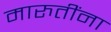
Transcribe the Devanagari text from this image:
मारुतींना